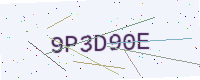
Text: 9P3D90E